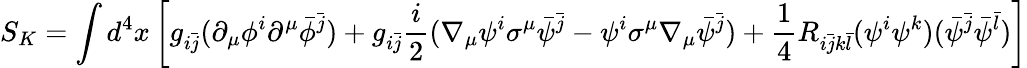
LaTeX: S_{K}=\int d^{4}x\left[g_{i{\bar{j}}}(\partial_{\mu}\phi^{i}\partial^{\mu}{\bar{\phi}}^{\bar{j}})+g_{i{\bar{j}}}{\frac{i}{2}}(\nabla_{\mu}\psi^{i}\sigma^{\mu}{\bar{\psi}}^{\bar{j}}-\psi^{i}\sigma^{\mu}\nabla_{\mu}{\bar{\psi}}^{\bar{j}})+{\frac{1}{4}}R_{i{\bar{j}}k{\bar{l}}}(\psi^{i}\psi^{k})({\bar{\psi}}^{\bar{j}}{\bar{\psi}}^{\bar{l}})\right]